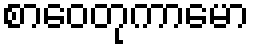
စာဝေတုကာမော